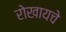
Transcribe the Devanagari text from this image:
रोखायचे